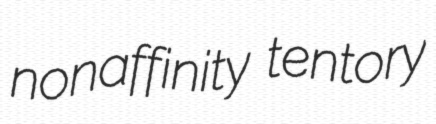
nonaffinity tentory